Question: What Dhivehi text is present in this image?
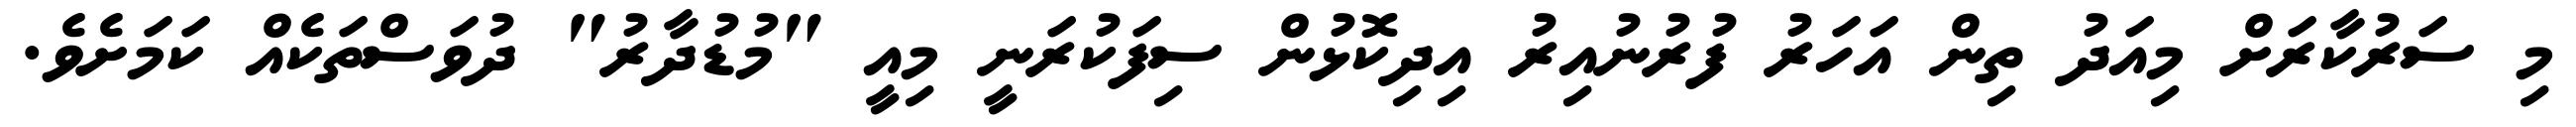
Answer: މި ސަރުކާރަށް މިއަދު ތިން އަހަރު ފުރުނުއިރު އިދިކޮޅުން ސިފަކުރަނީ މިއީ "މުޑުދާރު" ދުވަސްތަކެއް ކަމަށެވެ.